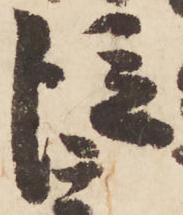
従